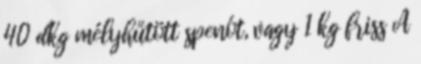
40 dkg mélyhűtött spenót, vagy 1 kg friss A